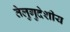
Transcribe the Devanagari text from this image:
तेलुगुदेशीय